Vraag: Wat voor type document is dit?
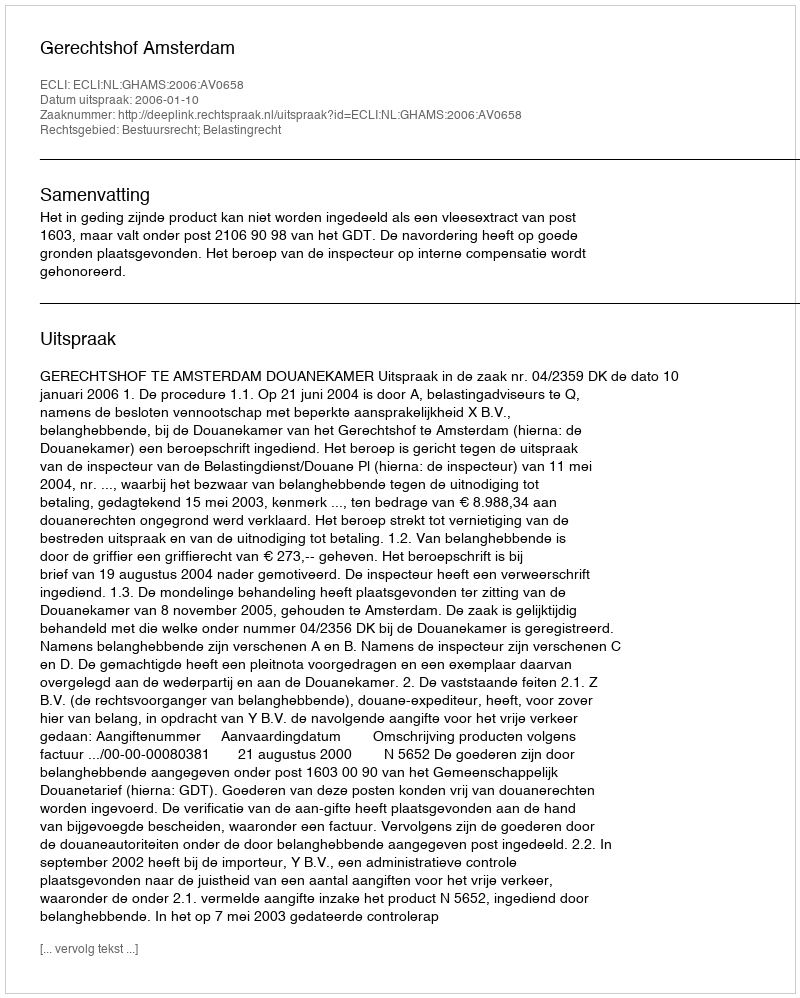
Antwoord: Uitspraak